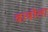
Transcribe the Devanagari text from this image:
बाबीला